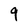
Character: 9